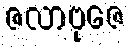
ဇလာဗုဇေ